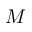
M